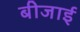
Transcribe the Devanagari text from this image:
बीजाई